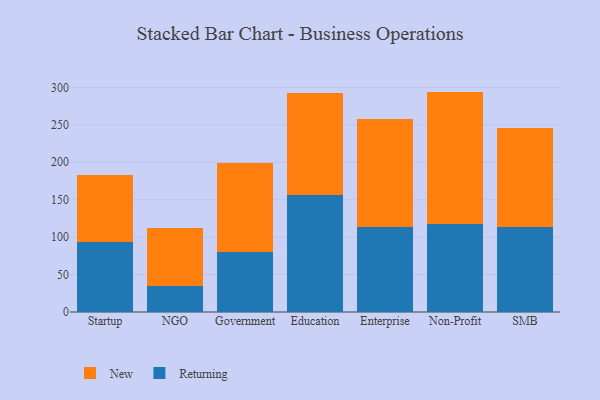
{"axis": {"x": "Segment", "y": "Budget (USD K)"}, "legend": ["New", "Returning"], "data": [{"x": "Startup", "y": 93.4, "type": "Returning"}, {"x": "Startup", "y": 89.3, "type": "New"}, {"x": "NGO", "y": 35.0, "type": "Returning"}, {"x": "NGO", "y": 77.2, "type": "New"}, {"x": "Government", "y": 79.5, "type": "Returning"}, {"x": "Government", "y": 120.0, "type": "New"}, {"x": "Education", "y": 156.2, "type": "Returning"}, {"x": "Education", "y": 136.6, "type": "New"}, {"x": "Enterprise", "y": 114.1, "type": "Returning"}, {"x": "Enterprise", "y": 143.9, "type": "New"}, {"x": "Non-Profit", "y": 116.9, "type": "Returning"}, {"x": "Non-Profit", "y": 177.5, "type": "New"}, {"x": "SMB", "y": 112.9, "type": "Returning"}, {"x": "SMB", "y": 132.8, "type": "New"}]}